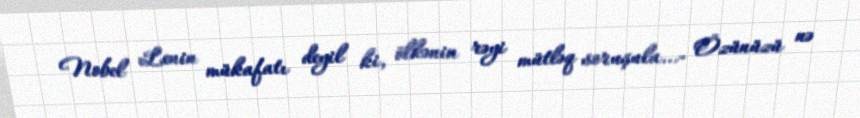
Nobel Lenin mükafatı deyil ki, ölkənin rəyi mütləq soruşula...- Özünüzü nə